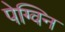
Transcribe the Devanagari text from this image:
पेग्विन